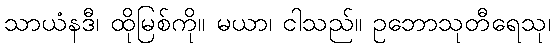
သာယံနဒီ၊ ထိုမြစ်ကို။ မယာ၊ ငါသည်။ ဥဘောသုတီရေသု၊